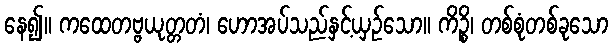
နေ၍။ ကထေတဗ္ဗယုတ္တတံ၊ ဟောအပ်သည်နှင့်ယှဉ်သော။ ကိဉ္စိ၊ တစ်စုံတစ်ခုသော